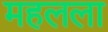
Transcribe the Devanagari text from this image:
महलला